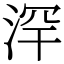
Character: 浫